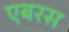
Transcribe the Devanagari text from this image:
एबरस